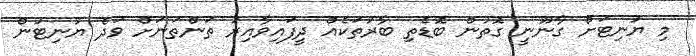
މި ޔުނިޓަށް ގާނޫނީ ގޮތުން ބޮޑެތި ބާރުތަކެއް ދީފައިވާއިރު ތަންތަނަށް ވަދެ ޔުނިޓުން